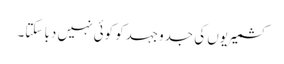
کشمیریوں کی جدوجہدکو کوئی نہیں دبا سکتا۔